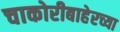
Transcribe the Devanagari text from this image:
चाकोरीबाहेरच्या